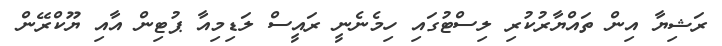
ރަޝިޔާ އިން ތައްޔާރުކުރި ލިސްޓުގައި ހިމެނެނީ ރައީސް ލަޑިމިއާ ޕުޓިން އާއި ޔޫކްރޭން